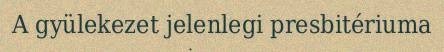
A gyülekezet jelenlegi presbitériuma